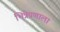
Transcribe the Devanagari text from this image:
भित्रेपणाला